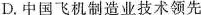
D.中国飞机制造业技术领先